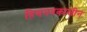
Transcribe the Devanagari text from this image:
हिमनदकालीन